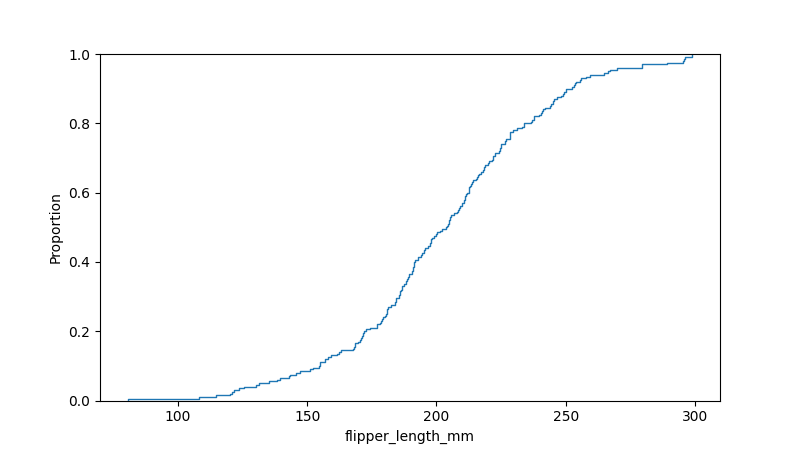
python, seaborn, ecdfplot, column='flipper_length_mm', hue='all', stat='proportion', linewidth=1.0